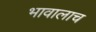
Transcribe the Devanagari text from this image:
भावालाच